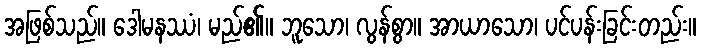
အဖြစ်သည်။ ဒေါမနဿံ၊ မည်၏။ ဘူသော၊ လွန်စွာ။ အာယာသော၊ ပင်ပန်းခြင်းတည်း။